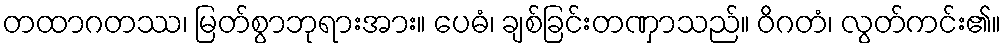
တထာဂတဿ၊ မြတ်စွာဘုရားအား။ ပေဓံ၊ ချစ်ခြင်းတဏှာသည်။ ဝိဂတံ၊ လွတ်ကင်း၏။